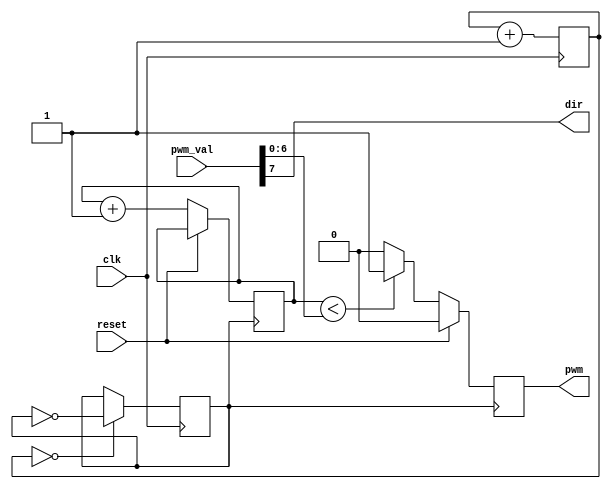
module Pwm(input reset ,input [7:0]pwm_val,input clk ,output pwm,output dir);
   reg [6:0]count = 0;
	reg pwm;
	reg [5:0]prescaler = 0;
	reg new_clk = 0;
	always @(posedge clk)
	begin
		if(prescaler == 0)
			new_clk = ~new_clk;
		prescaler <= prescaler +1;
	end
	always @(posedge new_clk)
	begin
		if (reset==1)
			pwm = 0;
		else
			begin
				if(count < pwm_val[6:0])
					pwm = 1;
				else
					pwm = 0;
				count = count + 1;
			end
	end
assign dir = pwm_val[7];
endmodule